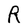
Character: R